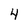
Character: 4